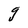
Character: g